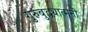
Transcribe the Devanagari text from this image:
गुरुबुद्ध्यात्मनो